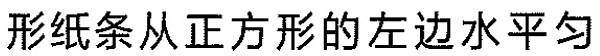
形纸条从正方形的左边水平匀